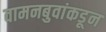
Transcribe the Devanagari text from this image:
वामनबुवांकडून